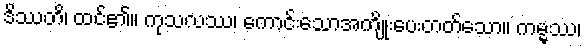
ဒိဿတိ၊ ထင်၏။ ကုသလဿ၊ ကောင်းသောအကျိုးပေးတတ်သော။ ကမ္မဿ၊